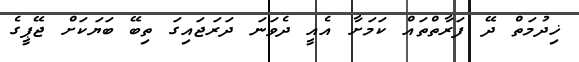
ޚިދުމަތް ދޭ ފަރާތްތައް ކަމަށާ އެއީ ދެވަނަ ދަރަޖައިގަ ތިބޭ ބަޔަކަށް ޖޭޕީގެ